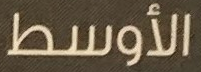
الأوسط